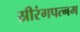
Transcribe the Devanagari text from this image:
स्रीरंगपत्नम